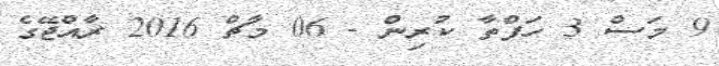
9 މަސް 3 ހަފްތާ ކުރިން - 06 މާޗް 2016 ރާއްޖޭގެ